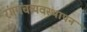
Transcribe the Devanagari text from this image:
रंगमंचव्यवस्थापन